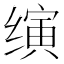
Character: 𬙂